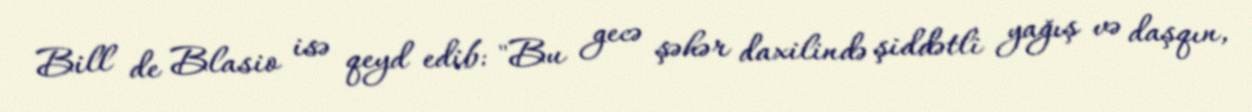
Bill de Blasio isə qeyd edib: "Bu gecə şəhər daxilində şiddətli yağış və daşqın,